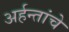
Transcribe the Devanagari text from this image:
अर्हन्तांचे